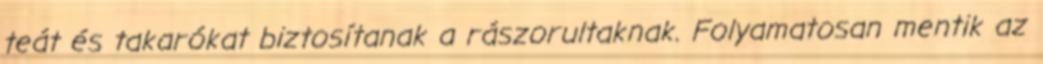
teát és takarókat biztosítanak a rászorultaknak. Folyamatosan mentik az